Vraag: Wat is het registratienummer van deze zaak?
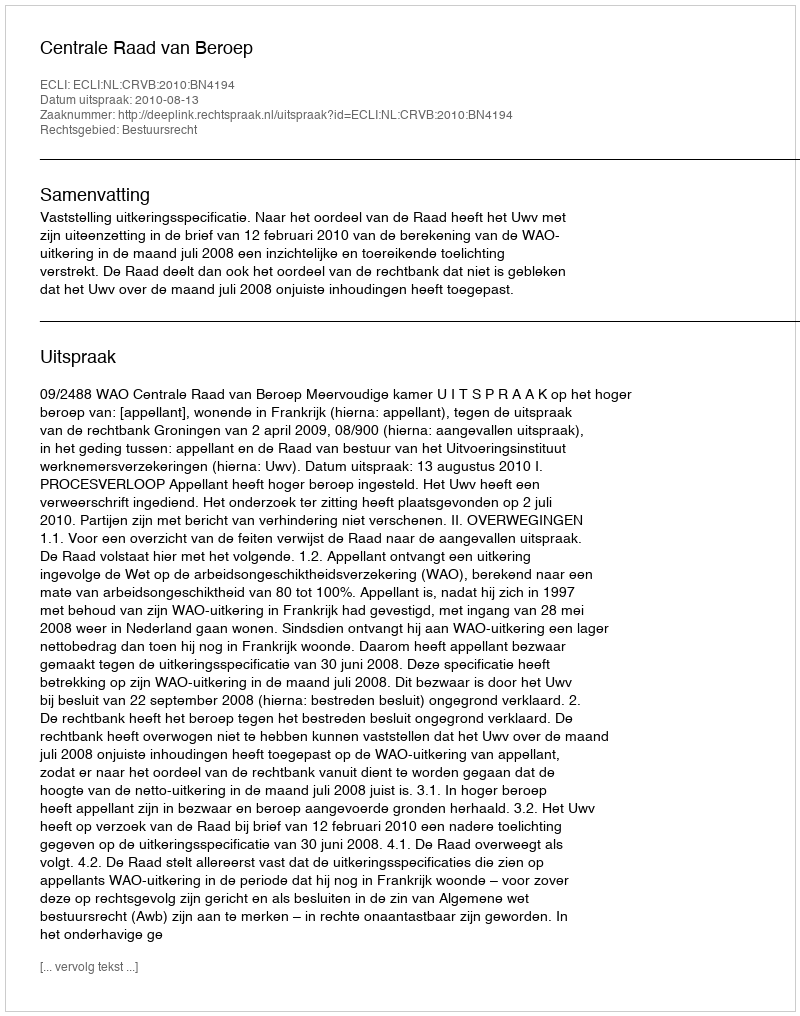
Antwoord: http://deeplink.rechtspraak.nl/uitspraak?id=ECLI:NL:CRVB:2010:BN4194